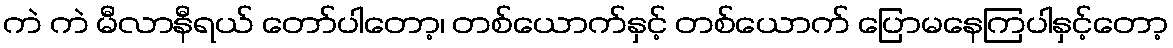
ကဲ ကဲ မီလာနီရယ် တော်ပါတော့၊ တစ်ယောက်နှင့် တစ်ယောက် ပြောမနေကြပါနှင့်တော့